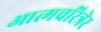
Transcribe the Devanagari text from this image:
आत्मचरित्रेर